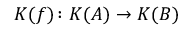
K ( f ) \colon K ( A ) \to K ( B )